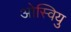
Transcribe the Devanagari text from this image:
ओस्वियु